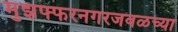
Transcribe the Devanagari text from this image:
मुझफ्फरनगरजवळच्या